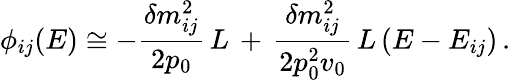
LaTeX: \phi_{ij}(E)\cong-\frac{\delta m_{ij}^{2}}{2p_{0}}\, L\, +\, \frac{\delta m_{ij}^{2}}{2p_{0}^{2}v_{0}}\, L\, (E-E_{ij})\, .